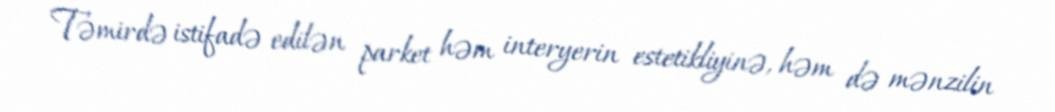
Təmirdə istifadə edilən parket həm interyerin estetikliyinə, həm də mənzilin